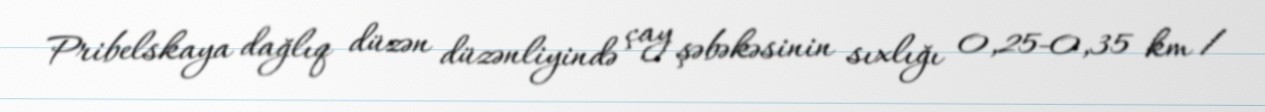
Pribelskaya dağlıq düzən düzənliyində çay şəbəkəsinin sıxlığı 0,25-0,35 km /